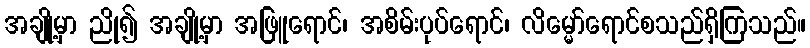
အချို့မှာ ညို၍ အချို့မှာ အဖြူရောင်၊ အစိမ်းပုပ်ရောင်၊ လိမ္မော်ရောင်စသည်ရှိကြသည်။